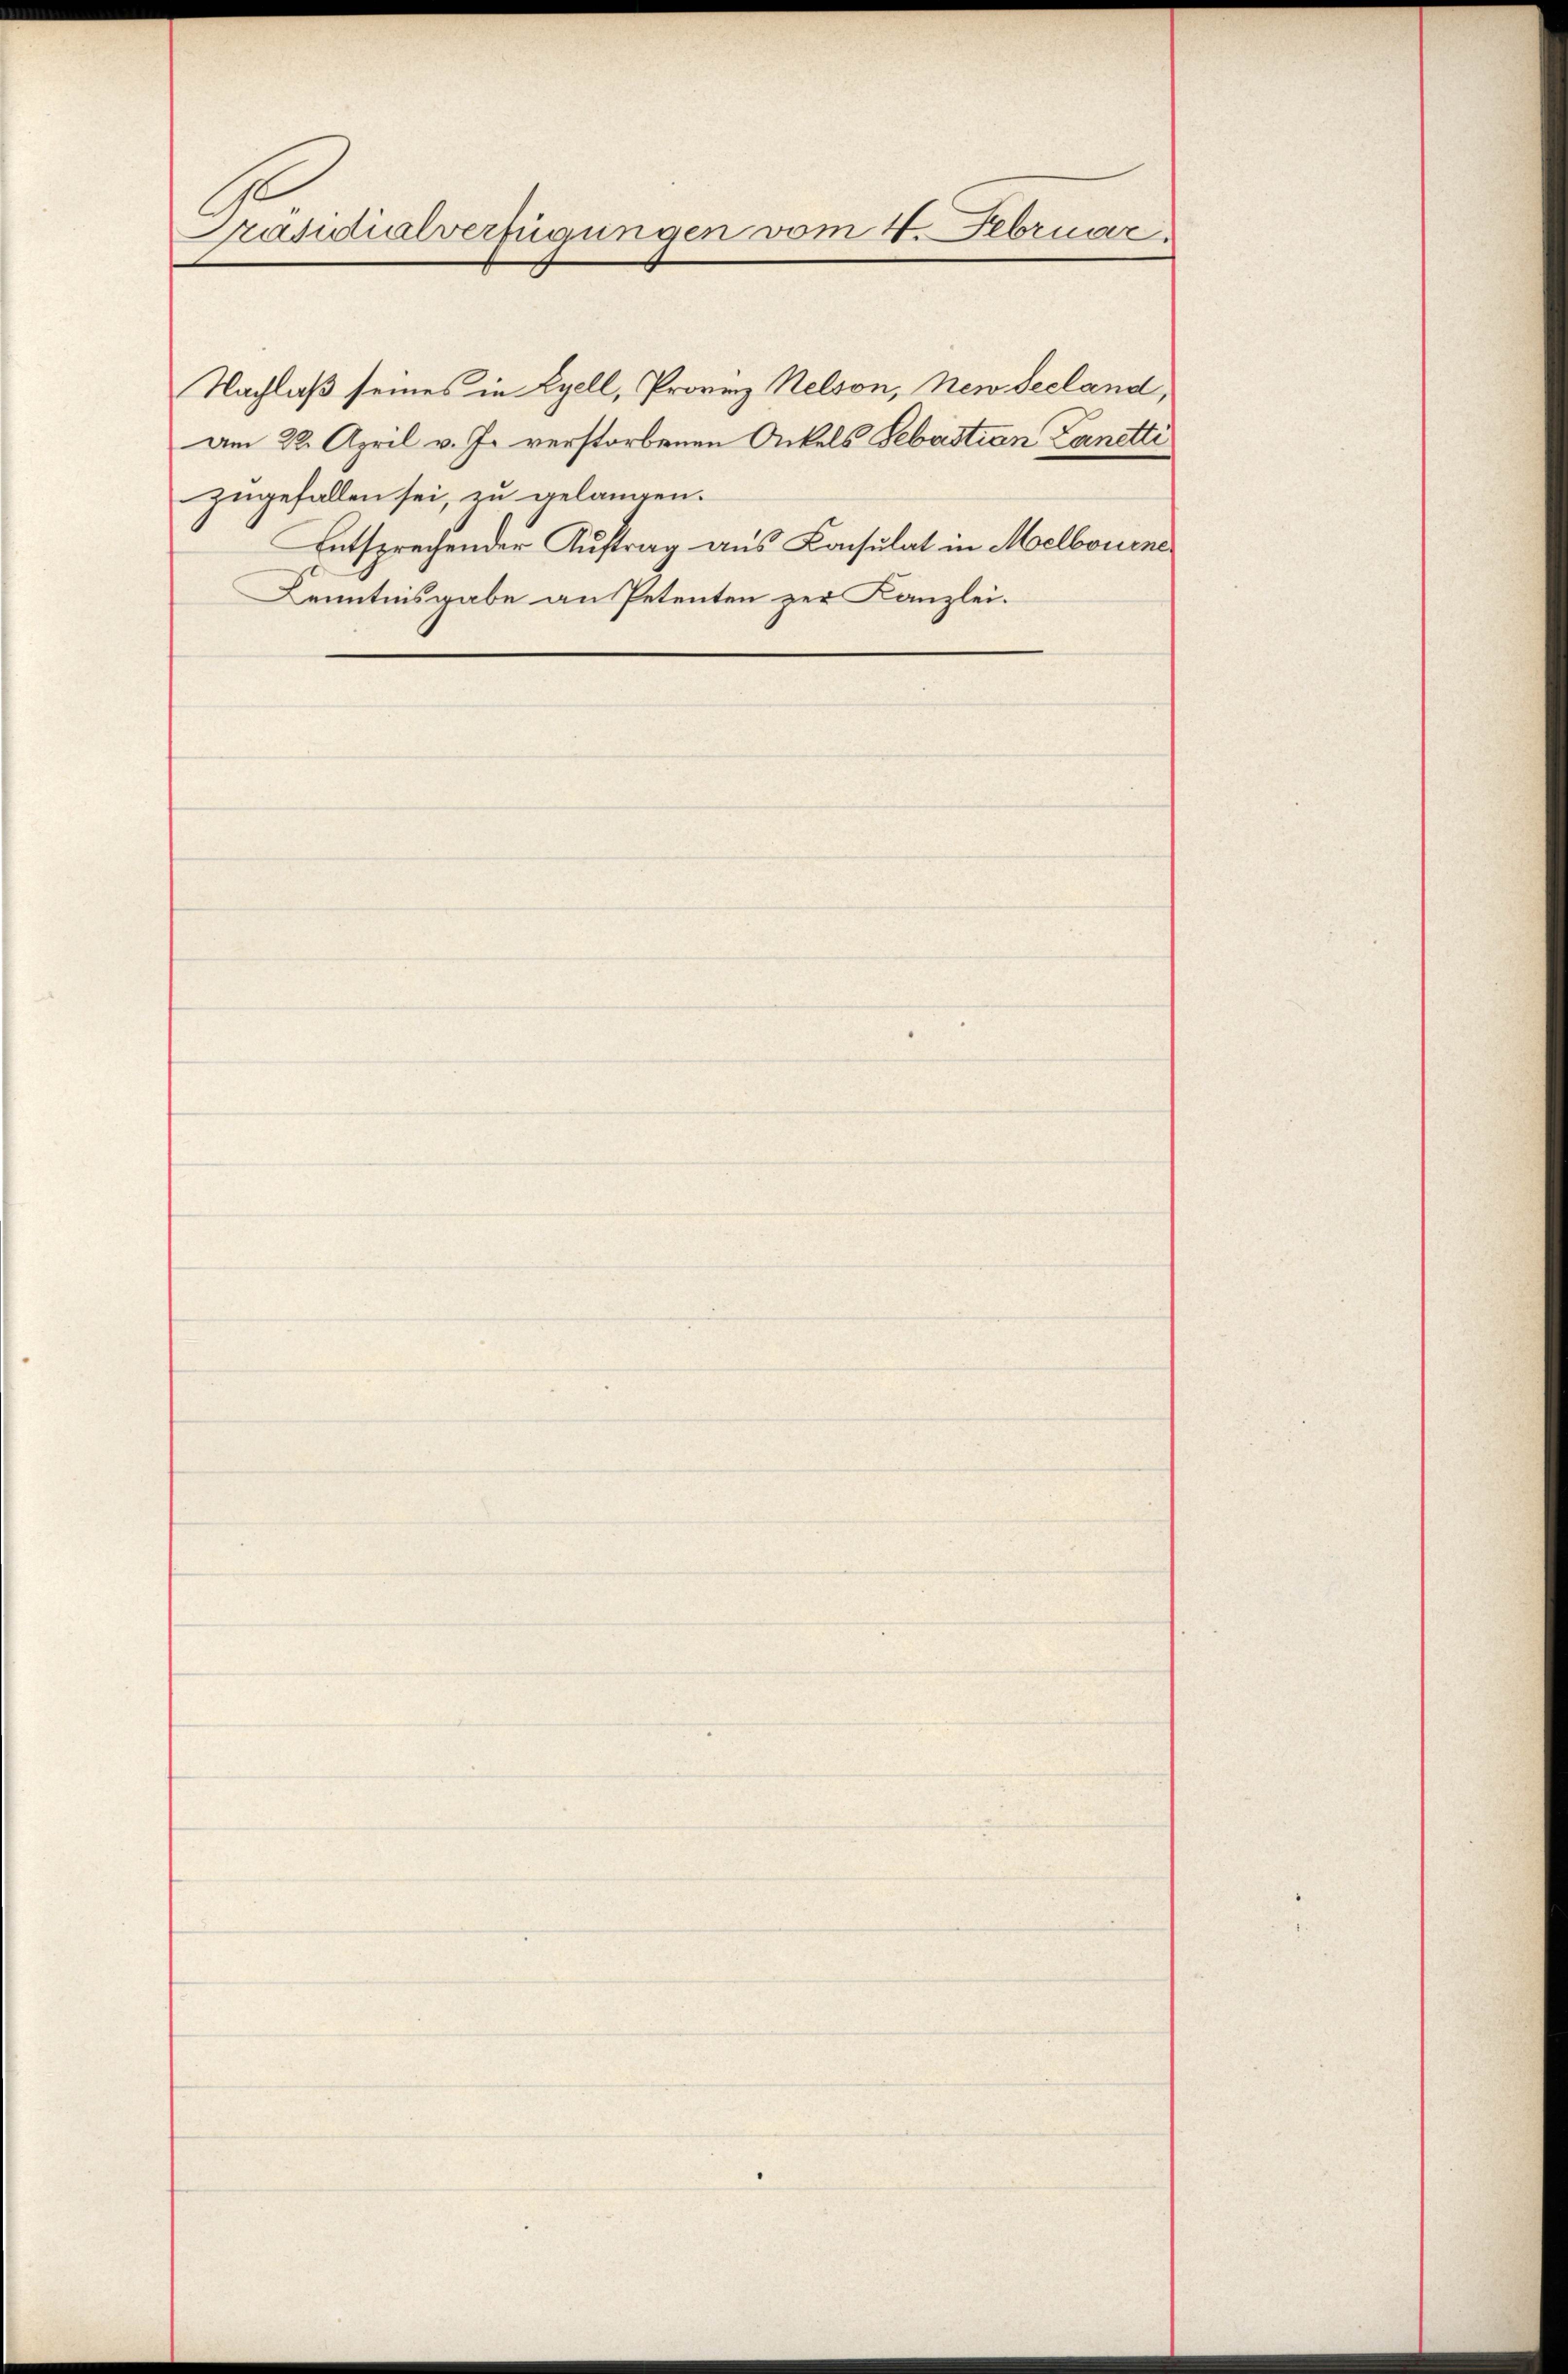
Präsidialverfügungen vom 4. Februar.

Nachlaß seines in Lyell, Provinz Nelson, New decland,
am 22. April v. J. verstorbenen Ackels Sebastian Lanetti
zugefallen sei, zu gelangen.
Entsprechender Auftrag aus Konsulat in Melborene
Kenntnisgabe an Petenten zur Kanzlei.